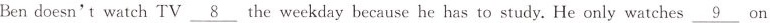
Ben doesn't watch TV \underline{8} the weekday because he has to study. He only watches \underline{9} on